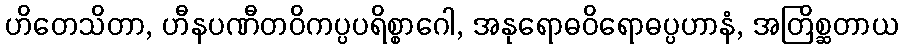
ဟိတေသိတာ, ဟီနပဏီတဝိကပ္ပပရိစ္စာဂေါ, အနုရောဓဝိရောဓပ္ပဟာနံ, အတြိစ္ဆတာယ